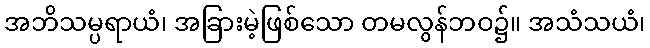
အဘိသမ္ပရာယံ၊ အခြားမဲ့ဖြစ်သော တမလွန်ဘဝ၌။ အသံသယံ၊